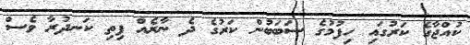
ކުއްޖާގެ ކަރުގައި ހިފުމުގެ ސަބަބުން ކަރުގެ ދެ ނާރެއް ފިތި ކަނދުރާ ވެސް